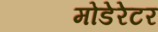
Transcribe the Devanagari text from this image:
मोडेरेटर